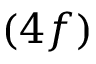
( 4 f )